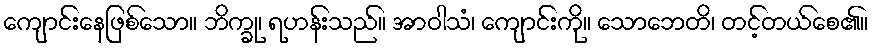
ကျောင်းနေဖြစ်သော။ ဘိက္ခု၊ ရဟန်းသည်။ အာဝါသံ၊ ကျောင်းကို။ သောဘေတိ၊ တင့်တယ်စေ၏။